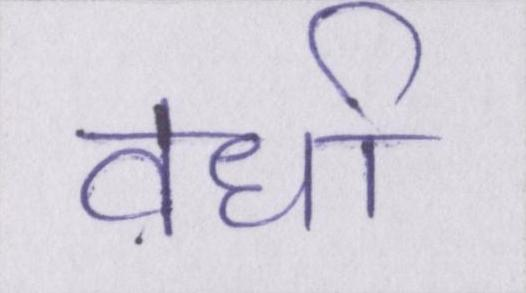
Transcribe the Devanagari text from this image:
वर्धा